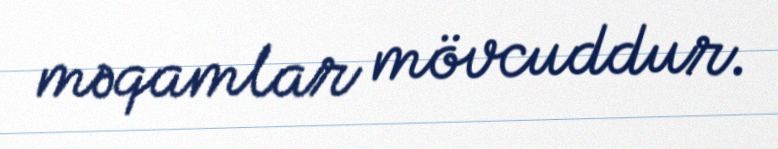
məqamlar mövcuddur.